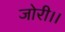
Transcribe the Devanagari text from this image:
जोरी।।